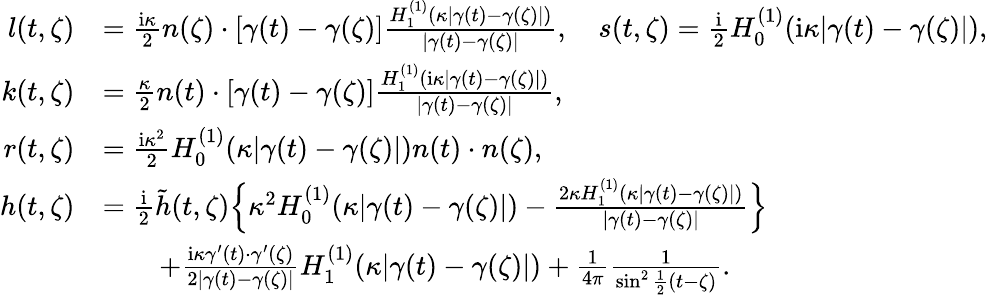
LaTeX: \begin{array}{rl}{l(t,\zeta)}&{=\frac{\mathrm{i}\kappa}{2}n(\zeta)\cdot[\gamma(t)-\gamma(\zeta)]\frac{H_{1}^{(1)}(\kappa|\gamma(t)-\gamma(\zeta)|)}{|\gamma(t)-\gamma(\zeta)|},\quad s(t,\zeta)=\frac{\mathrm{i}}{2}H_{0}^{(1)}(\mathrm{i}\kappa|\gamma(t)-\gamma(\zeta)|),}\\ {k(t,\zeta)}&{=\frac{\kappa}{2}n(t)\cdot[\gamma(t)-\gamma(\zeta)]\frac{H_{1}^{(1)}(\mathrm{i}\kappa|\gamma(t)-\gamma(\zeta)|)}{|\gamma(t)-\gamma(\zeta)|},}\\ {r(t,\zeta)}&{=\frac{\mathrm{i}\kappa^{2}}{2}H_{0}^{(1)}(\kappa|\gamma(t)-\gamma(\zeta)|)n(t)\cdot n(\zeta),}\\ {h(t,\zeta)}&{=\frac{\mathrm{i}}{2}\tilde{h}(t,\zeta)\Big\{ \kappa^{2}H_{0}^{(1)}(\kappa|\gamma(t)-\gamma(\zeta)|)-\frac{2\kappa H_{1}^{(1)}(\kappa|\gamma(t)-\gamma(\zeta)|)}{|\gamma(t)-\gamma(\zeta)|}\Big\} }\\ &{\qquad+\frac{\mathrm{i}\kappa\gamma^{\prime}(t)\cdot\gamma^{\prime}(\zeta)}{2|\gamma(t)-\gamma(\zeta)|}H_{1}^{(1)}(\kappa|\gamma(t)-\gamma(\zeta)|)+\frac{1}{4\pi}\frac{1}{\sin^{2}\frac{1}{2}(t-\zeta)}.}\end{array}